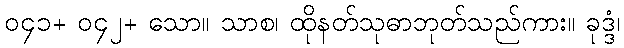
၀၄၁+ ၀၄၂+ သော။ သာစ၊ ထိုနတ်သုဓာဘုတ်သည်ကား။ ခုဒ္ဒံ၊